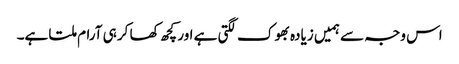
اس وجہ سے ہمیں زیادہ بھوک لگتی ہے اور کچھ کھا کر ہی آرام ملتا ہے۔